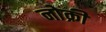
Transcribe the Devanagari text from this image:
नोक्री